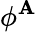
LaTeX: \phi^{\mathbf{A}}